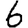
Digit: 6